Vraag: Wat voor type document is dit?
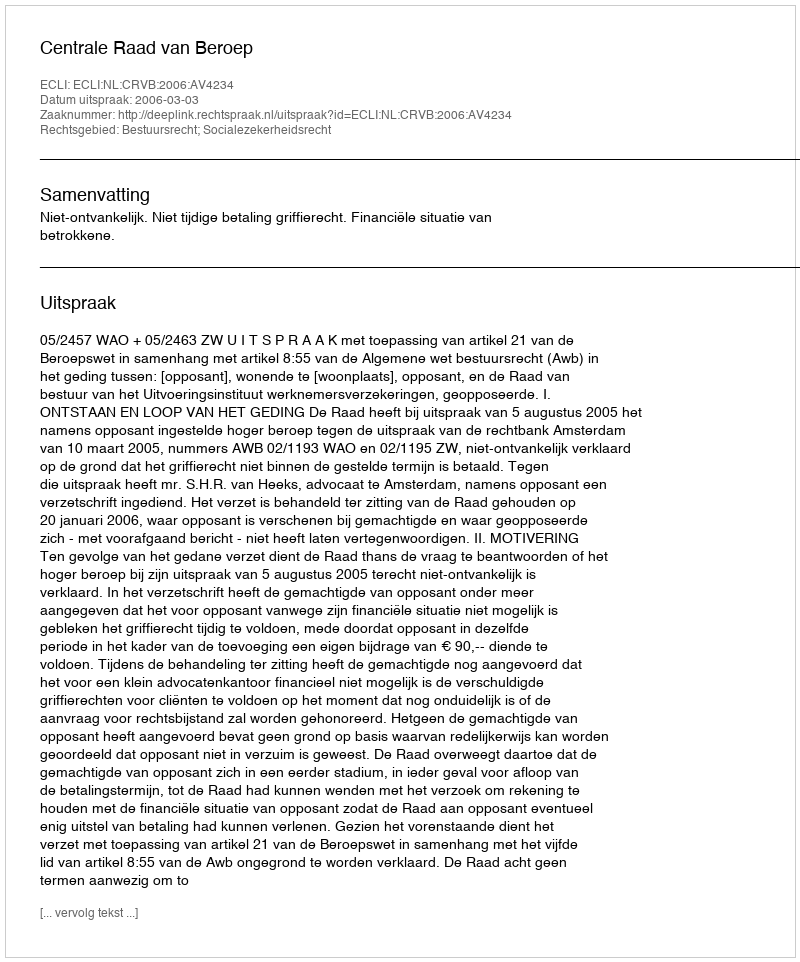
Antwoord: Uitspraak